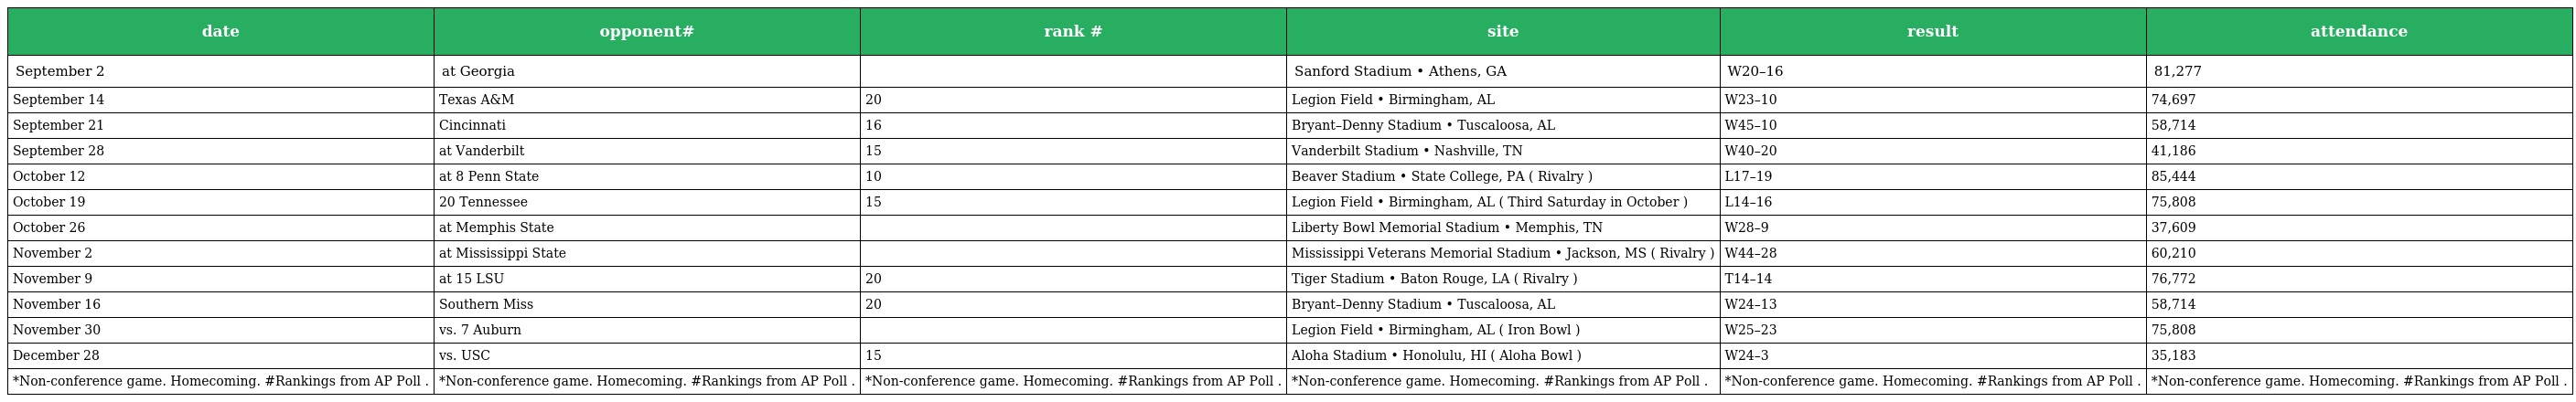
| date | opponent# | rank # | site | result | attendance |
 | --- | --- | --- | --- | --- | --- |
 | September 2 | at Georgia |  | Sanford Stadium • Athens, GA | W20–16 | 81,277 |
 | September 14 | Texas A&M | 20 | Legion Field • Birmingham, AL | W23–10 | 74,697 |
 | September 21 | Cincinnati | 16 | Bryant–Denny Stadium • Tuscaloosa, AL | W45–10 | 58,714 |
 | September 28 | at Vanderbilt | 15 | Vanderbilt Stadium • Nashville, TN | W40–20 | 41,186 |
 | October 12 | at 8 Penn State | 10 | Beaver Stadium • State College, PA ( Rivalry ) | L17–19 | 85,444 |
 | October 19 | 20 Tennessee | 15 | Legion Field • Birmingham, AL ( Third Saturday in October ) | L14–16 | 75,808 |
 | October 26 | at Memphis State |  | Liberty Bowl Memorial Stadium • Memphis, TN | W28–9 | 37,609 |
 | November 2 | at Mississippi State |  | Mississippi Veterans Memorial Stadium • Jackson, MS ( Rivalry ) | W44–28 | 60,210 |
 | November 9 | at 15 LSU | 20 | Tiger Stadium • Baton Rouge, LA ( Rivalry ) | T14–14 | 76,772 |
 | November 16 | Southern Miss | 20 | Bryant–Denny Stadium • Tuscaloosa, AL | W24–13 | 58,714 |
 | November 30 | vs. 7 Auburn |  | Legion Field • Birmingham, AL ( Iron Bowl ) | W25–23 | 75,808 |
 | December 28 | vs. USC | 15 | Aloha Stadium • Honolulu, HI ( Aloha Bowl ) | W24–3 | 35,183 |
 | *Non-conference game. Homecoming. #Rankings from AP Poll . | *Non-conference game. Homecoming. #Rankings from AP Poll . | *Non-conference game. Homecoming. #Rankings from AP Poll . | *Non-conference game. Homecoming. #Rankings from AP Poll . | *Non-conference game. Homecoming. #Rankings from AP Poll . | *Non-conference game. Homecoming. #Rankings from AP Poll . |